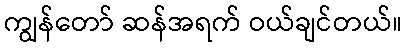
ကျွန်တော် ဆန်အရက် ဝယ်ချင်တယ်။